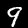
Label: 9